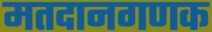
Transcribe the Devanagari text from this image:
मतदानगणक